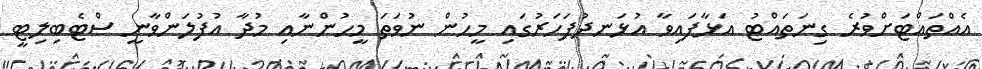
އެއްތައްޓަށްވުރެ ގިނަތައްޓު އަޅާފައިވާ އުޅަނދުފަހަރުގައި މީހުން ނުވަތަ މީހުންނާއި މުދާ އުފުލަންވާނީ ސްޓެބިލިޓީ